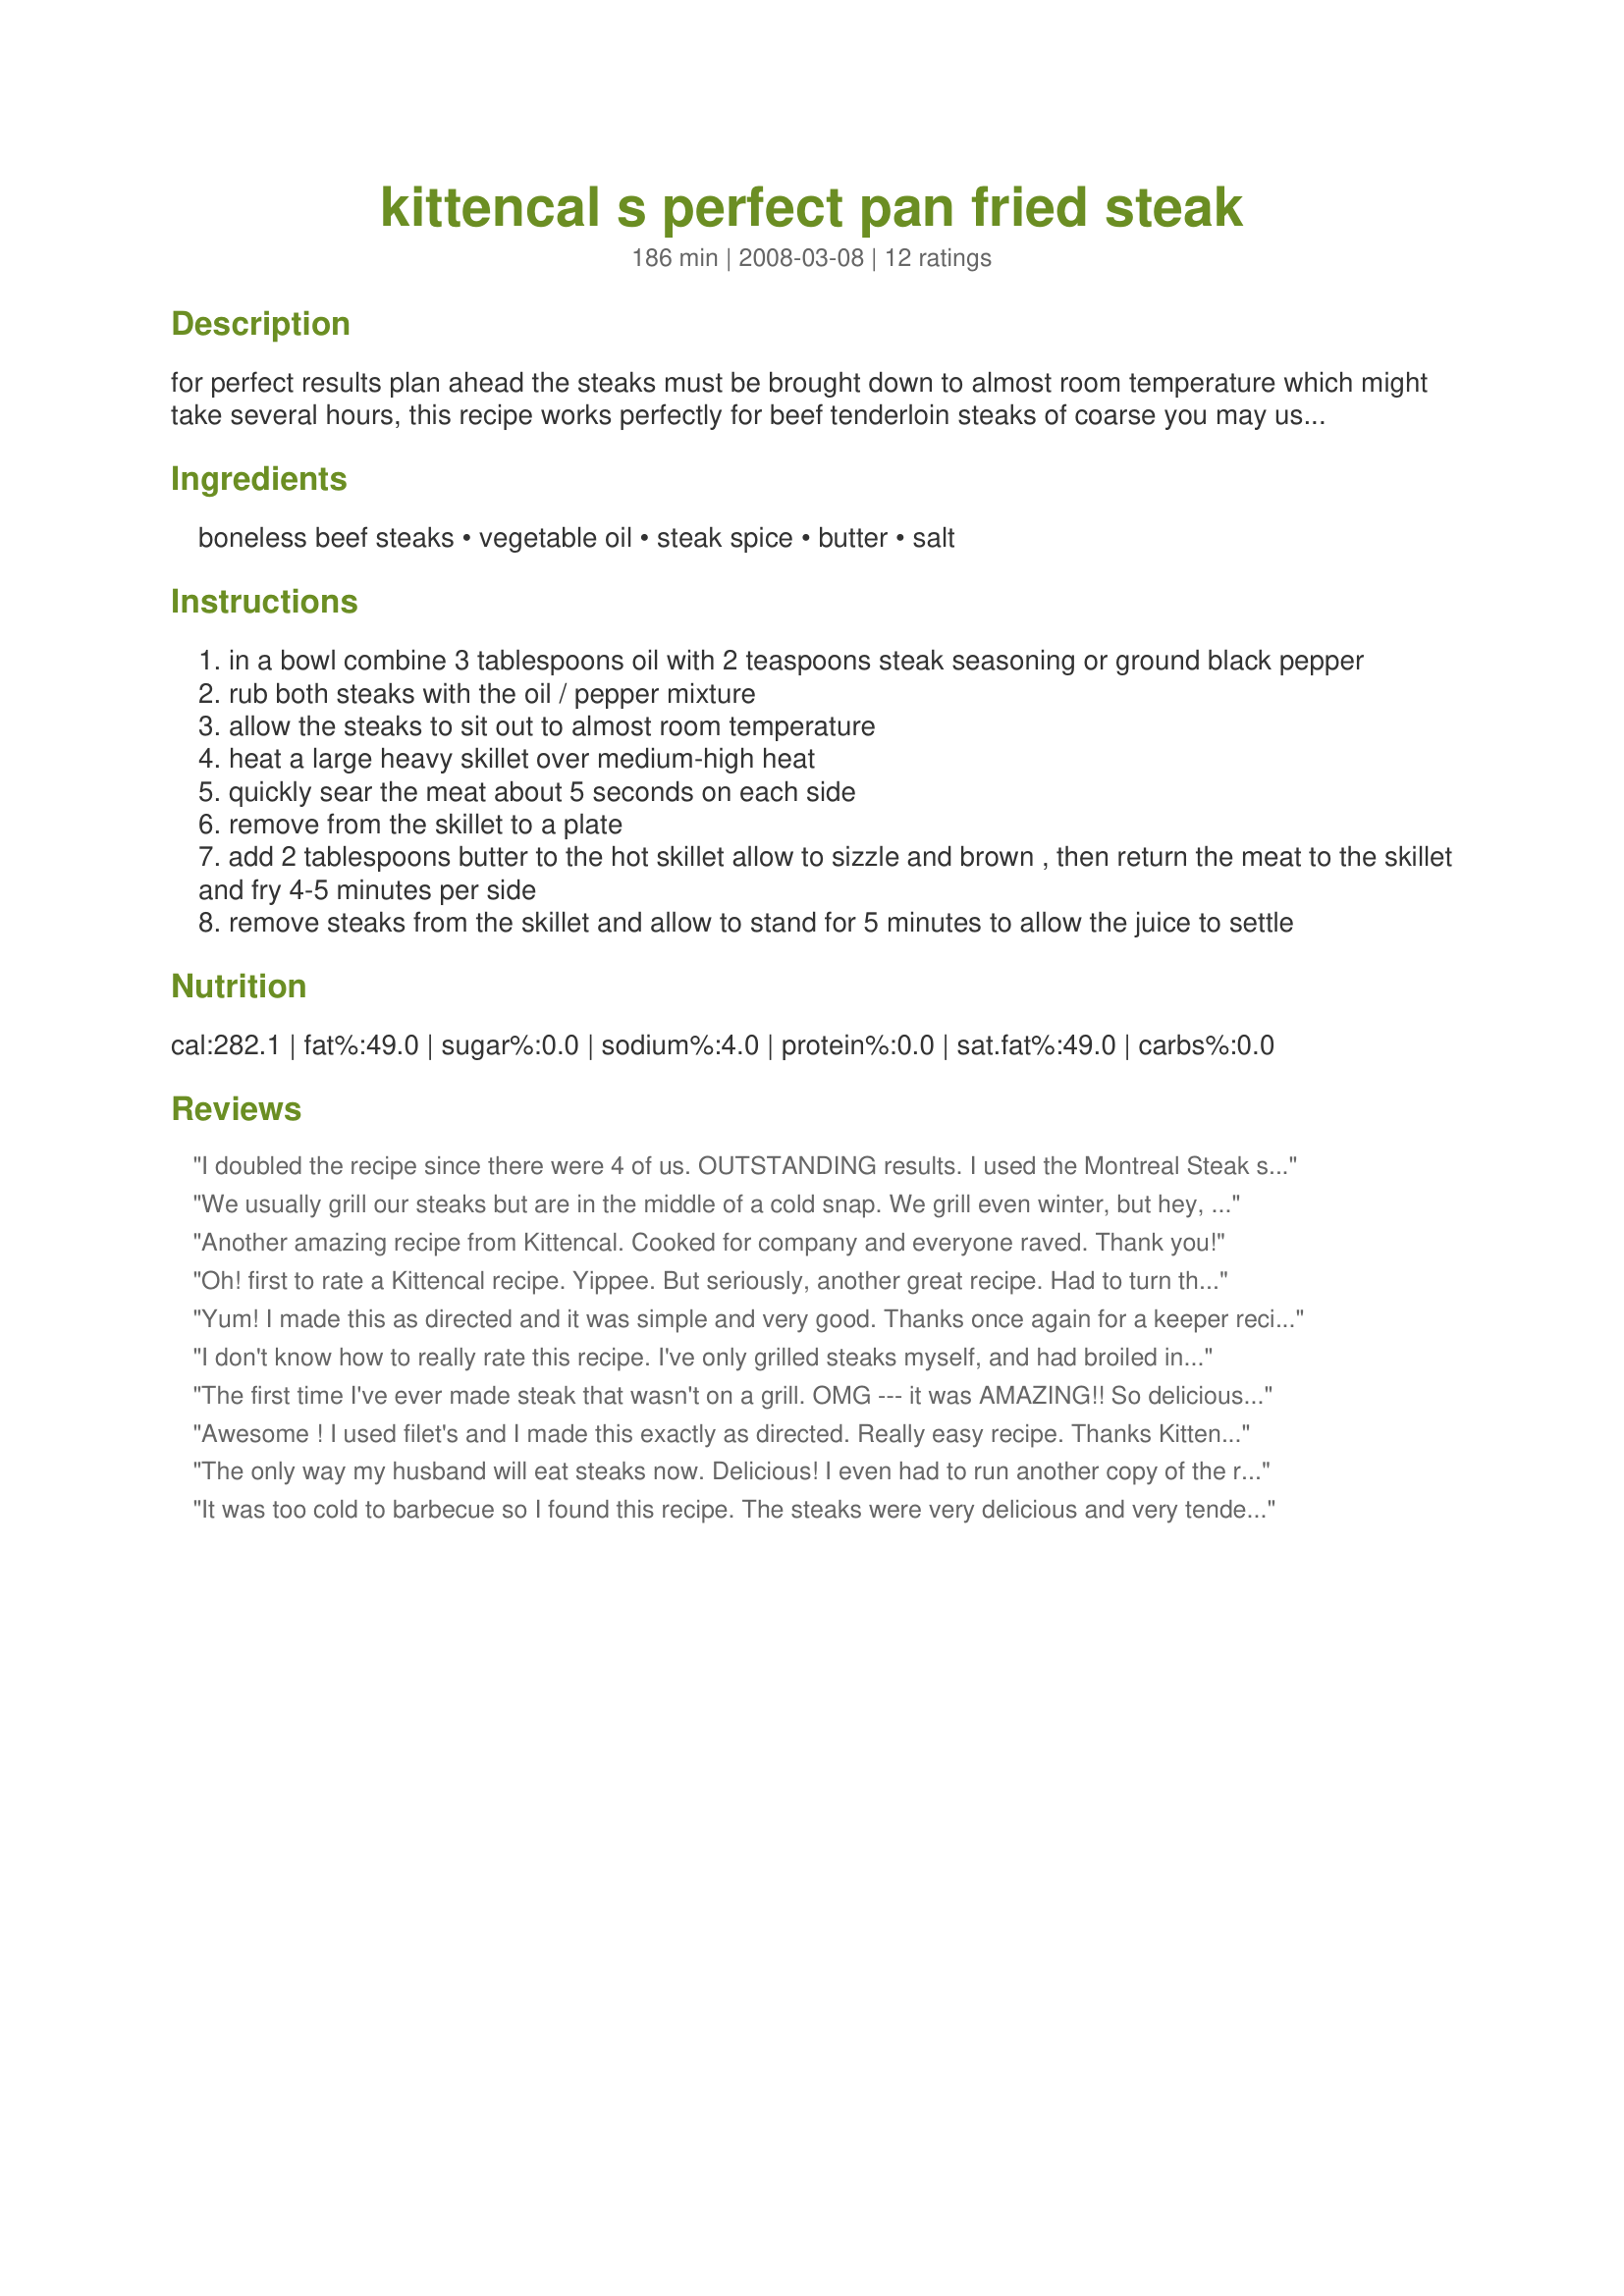
kittencal s perfect pan fried steak
Preparation time: 186 minutes

for perfect results plan ahead the steaks must be brought down to almost room temperature which might take several hours, this recipe works perfectly for beef tenderloin steaks of coarse you may use it for any cut of beef, cooking times stated is for an 8-ounce steak at 1-1/2 inch thick --- i use montreal steak spice for this but freshly ground coarse black pepper will work fine, and you may adjust the black pepper to taste, since salt will draw out the juices from the beef do not salt until after cooking --- since not all cuts of meat are the same, for this method a more tender cut of steak is suggested to use such a strip loin etc.

Ingredients:
boneless beef steaks, vegetable oil, steak spice, butter, salt

Steps:
in a bowl combine 3 tablespoons oil with 2 teaspoons steak seasoning or ground black pepper
rub both steaks with the oil / pepper mixture
allow the steaks to sit out to almost room temperature
heat a large heavy skillet over medium-high heat
quickly sear the meat about 5 seconds on each side
remove from the skillet to a plate
add 2 tablespoons butter to the hot skillet allow to sizzle and brown , then return the meat to the skillet and fry 4-5 minutes per side
remove steaks from the skillet and allow to stand for 5 minutes to allow the juice to settle

Reviews:
I doubled the recipe since there were 4 of us. OUTSTANDING results. I used the Montreal Steak seasonong, and omitted the salt. It was well enjoyed by all. Another keeper. Made for 1-2-3 hit wonders.
We usually grill our steaks but are in the middle of a cold snap. We grill even winter, but hey, when it&#039;s -19 we don&#039;t. A person has to draw the line somewhere. I can&#039;t believe how tender and juicy these steaks were. Rivals a fine restaurant steak. Actually even better, to be honest! Why pay their prices when you can make such a delicious steak at home? Followed the recipe exactly, as I do all of Kittencal&#039;s recipes! Her recipes never disappoint. Thanks for the recipe!
Another amazing recipe from Kittencal. Cooked for company and everyone raved. Thank you!
Oh! first to rate a Kittencal recipe. Yippee. But seriously, another great recipe. Had to turn the heat down towards the end as getting a little to brown. Can,t wait to try with the montreal seasoning next time.

Thank you
Yum! I made this as directed and it was simple and very good. Thanks once again for a keeper recipe Kitten. Made for 123 Tag.
I don't know how to really rate this recipe. I've only grilled steaks myself, and had broiled in butter at Ruth Chris. I followed this recipe exactly, leaving the steak to come to room temp after seasoning. I used the Montreal Steak Seasoning as suggested. I snook a bite right after it came out of the skillet, and it tasted like country fried steak...good! After sitting for the recommended 5 minutes, I didn't think it tasted as good. I'm basing my review on how I think a steak should taste, so maybe my review is a bit low. Made for Zaar 123 Tag.
The first time I've ever made steak that wasn't on a grill. OMG --- it was AMAZING!! So delicious, doesn't dry out, and tastes like it came from a steakhouse. If you want to impress everyone you know, make this!! And if you like steak a little more well done, you can throw it back on for a few seconds after it rests (that's what I did for those who don't like as much pink). I'm so thankful to have found this recipe!!
Awesome ! I used filet's and I made this exactly as directed. Really easy recipe. Thanks Kittencal--I have used this recipe 3x now and its the best.
The only way my husband will eat steaks now. Delicious! I even had to run another copy of the recipe for the gal at our meat market after my husband raved about it.
It was too cold to barbecue so I found this recipe. The steaks were very delicious and very tender. I’ll make this again for sure.
Once again, thank you, Kittencal! For the first time I successfully made a delicious steak. This way is sooo easy but so good. I used olive oil and added a teaspoon of oregano into it. Due to time constraint, only managed to let the steak sit for 15 minutes but it is still great! So thank you once again, Kittencal!
Delicious!!! I used my homemade marinade for the 2 hours at room temp. Then fried them for 3 1/2 to 4 minutes each side. I like mine a little mooey. My stove is an absolute grease spattered mess though. Nothing like a little soap &amp; water and it will be clean. Thanks for sharing your recipe. M
